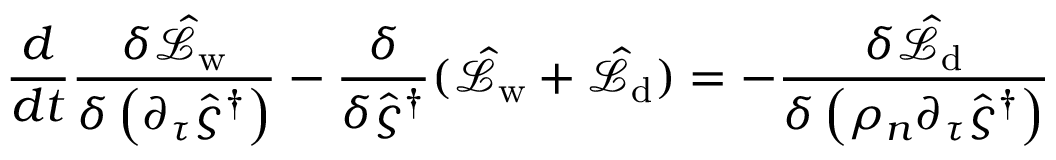
\frac { d } { d t } \frac { \delta \hat { \mathcal { L } } _ { \mathrm { w } } } { \delta \left( \partial _ { \tau } \hat { \varsigma } ^ { \dagger } \right) } - \frac { \delta } { \delta \hat { \varsigma } ^ { \dagger } } ( \hat { \mathcal { L } } _ { \mathrm { w } } + \hat { \mathcal { L } } _ { \mathrm { d } } ) = - \frac { \delta \hat { \mathcal { L } } _ { \mathrm { d } } } { \delta \left( \rho _ { n } \partial _ { \tau } \hat { \varsigma } ^ { \dagger } \right) }